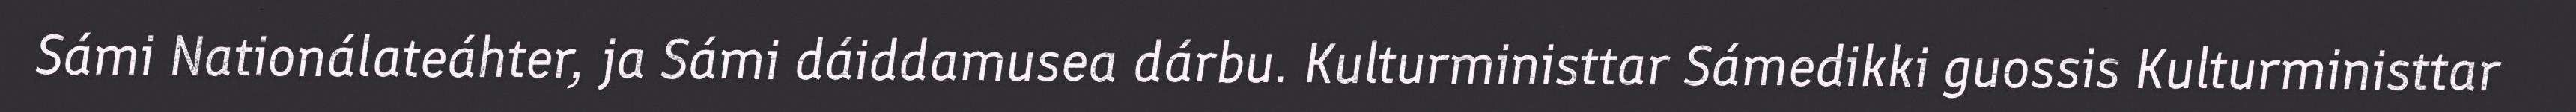
Sámi Nationálateáhter, ja Sámi dáiddamusea dárbu. Kulturministtar Sámedikki guossis Kulturministtar